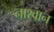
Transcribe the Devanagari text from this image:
नाश्वान्‌